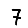
Digit: 7